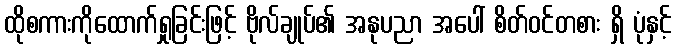
ထိုစကားကိုထောက်ရှုခြင်းဖြင့် ဗိုလ်ချုပ်၏ အနုပညာ အပေါ် စိတ်ဝင်တစား ရှိ ပုံနှင့်